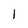
Character: l